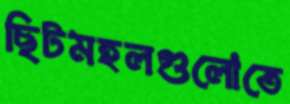
ছিটমহলগুলোতে